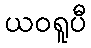
ယဝရူပီ